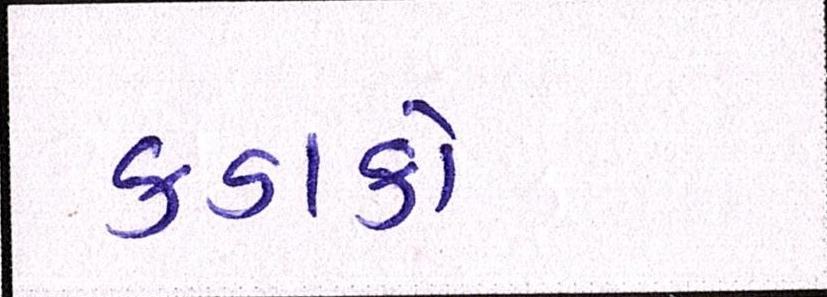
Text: કડાકો